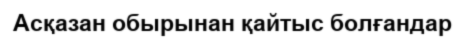
Асқазан обырынан қайтыс болғандар